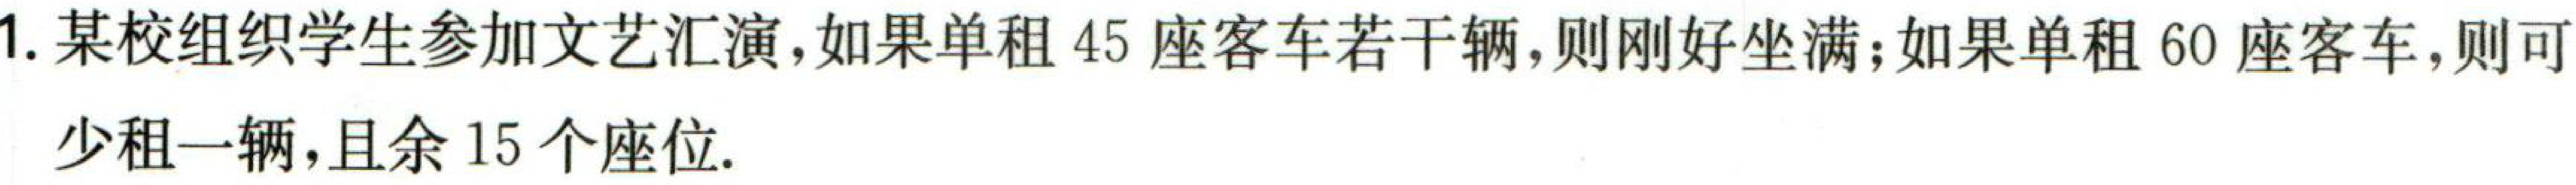
1. 某校组织学生参加文艺汇演，如果单租45座客车若干辆，则刚好坐满；如果单租60座客车，则可

少租一辆，且余15个座位.